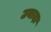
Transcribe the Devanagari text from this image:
उबादा